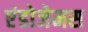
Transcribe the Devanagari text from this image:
एंडोजेमस